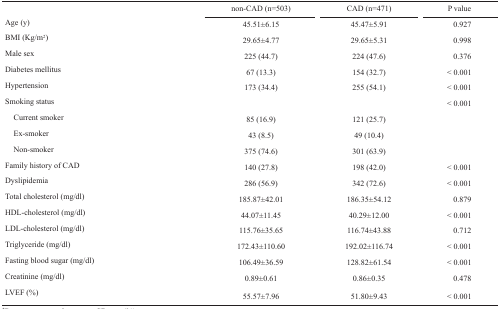
<table><thead><tr><td></td><td><b>non-CAD (n=503)</b></td><td><b>CAD (n=471)</b></td><td><b>P value</b></td></tr></thead><tbody><tr><td>Age (y)</td><td>45.51±6.15</td><td>45.47±5.91</td><td> 0.927</td></tr><tr><td>BMI (Kg/m<sup>2</sup>)</td><td>29.65±4.77</td><td>29.65±5.31</td><td> 0.998</td></tr><tr><td>Male sex</td><td>225 (44.7)</td><td>224 (47.6)</td><td> 0.376</td></tr><tr><td>Diabetes mellitus</td><td>67 (13.3)</td><td>154 (32.7)</td><td>&lt; 0.001</td></tr><tr><td>Hypertension</td><td>173 (34.4)</td><td>255 (54.1)</td><td>&lt; 0.001</td></tr><tr><td>Smoking status</td><td></td><td></td><td>&lt; 0.001</td></tr><tr><td>Current smoker</td><td>85 (16.9)</td><td>121 (25.7)</td><td></td></tr><tr><td>Ex-smoker</td><td>43 (8.5)</td><td>49 (10.4)</td><td></td></tr><tr><td>Non-smoker</td><td>375 (74.6)</td><td>301 (63.9)</td><td></td></tr><tr><td>Family history of CAD</td><td>140 (27.8)</td><td>198 (42.0)</td><td>&lt; 0.001</td></tr><tr><td>Dyslipidemia</td><td>286 (56.9)</td><td>342 (72.6)</td><td>&lt; 0.001</td></tr><tr><td>Total cholesterol (mg/dl)</td><td>185.87±42.01</td><td>186.35±54.12</td><td> 0.879</td></tr><tr><td>HDL-cholesterol (mg/dl)</td><td>44.07±11.45</td><td>40.29±12.00</td><td>&lt; 0.001</td></tr><tr><td>LDL-cholesterol (mg/dl)</td><td>115.76±35.65</td><td>116.74±43.88</td><td> 0.712</td></tr><tr><td>Triglyceride (mg/dl)</td><td>172.43±110.60</td><td>192.02±116.74</td><td>&lt; 0.001</td></tr><tr><td>Fasting blood sugar (mg/dl)</td><td>106.49±36.59</td><td>128.82±61.54</td><td>&lt; 0.001</td></tr><tr><td>Creatinine (mg/dl)</td><td>0.89±0.61</td><td>0.86±0.35</td><td> 0.478</td></tr><tr><td>LVEF (%)</td><td>55.57±7.96</td><td>51.80±9.43</td><td>&lt; 0.001</td></tr></tbody></table>